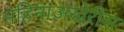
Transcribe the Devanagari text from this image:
महिनाअखेरीस